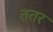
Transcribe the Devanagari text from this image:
ततर